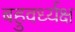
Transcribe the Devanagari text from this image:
बहुवर्ध्यक्ष